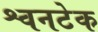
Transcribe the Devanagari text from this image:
श्वनटेक